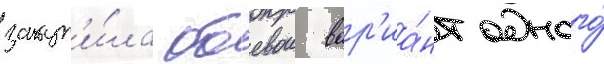
закуп'и́ла боевои вар'иа́нт одного́